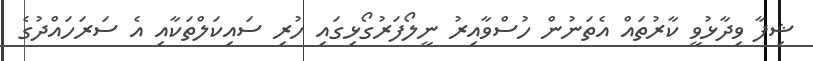
ޝިފާ ވިދާޅުވީ ކާރުތައް އެތަނުން ހުސްވާއިރު ނީލޯފަރުގޯޅިގައި ހުރި ސައިކަލްތަކާއި އެ ސަރަހައްދުގެ